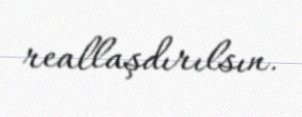
reallaşdırılsın.